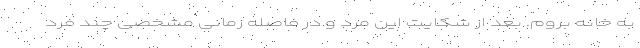
به خانه بروم. بعد از شکایت این مرد و در فاصله زمانی مشخصی چند فرد